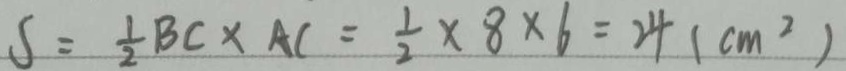
S = \frac { 1 } { 2 } B C \times A C = \frac { 1 } { 2 } \times 8 \times 6 = 2 4 ( c m ^ { 2 } )